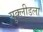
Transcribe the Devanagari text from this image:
युक्लीडला